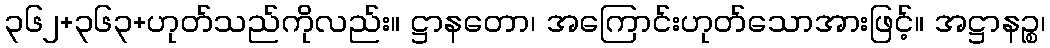
၃၆၂+၃၆၃+ဟုတ်သည်ကိုလည်း။ ဋ္ဌာနတော၊ အကြောင်းဟုတ်သောအားဖြင့်။ အဋ္ဌာနဉ္စ၊